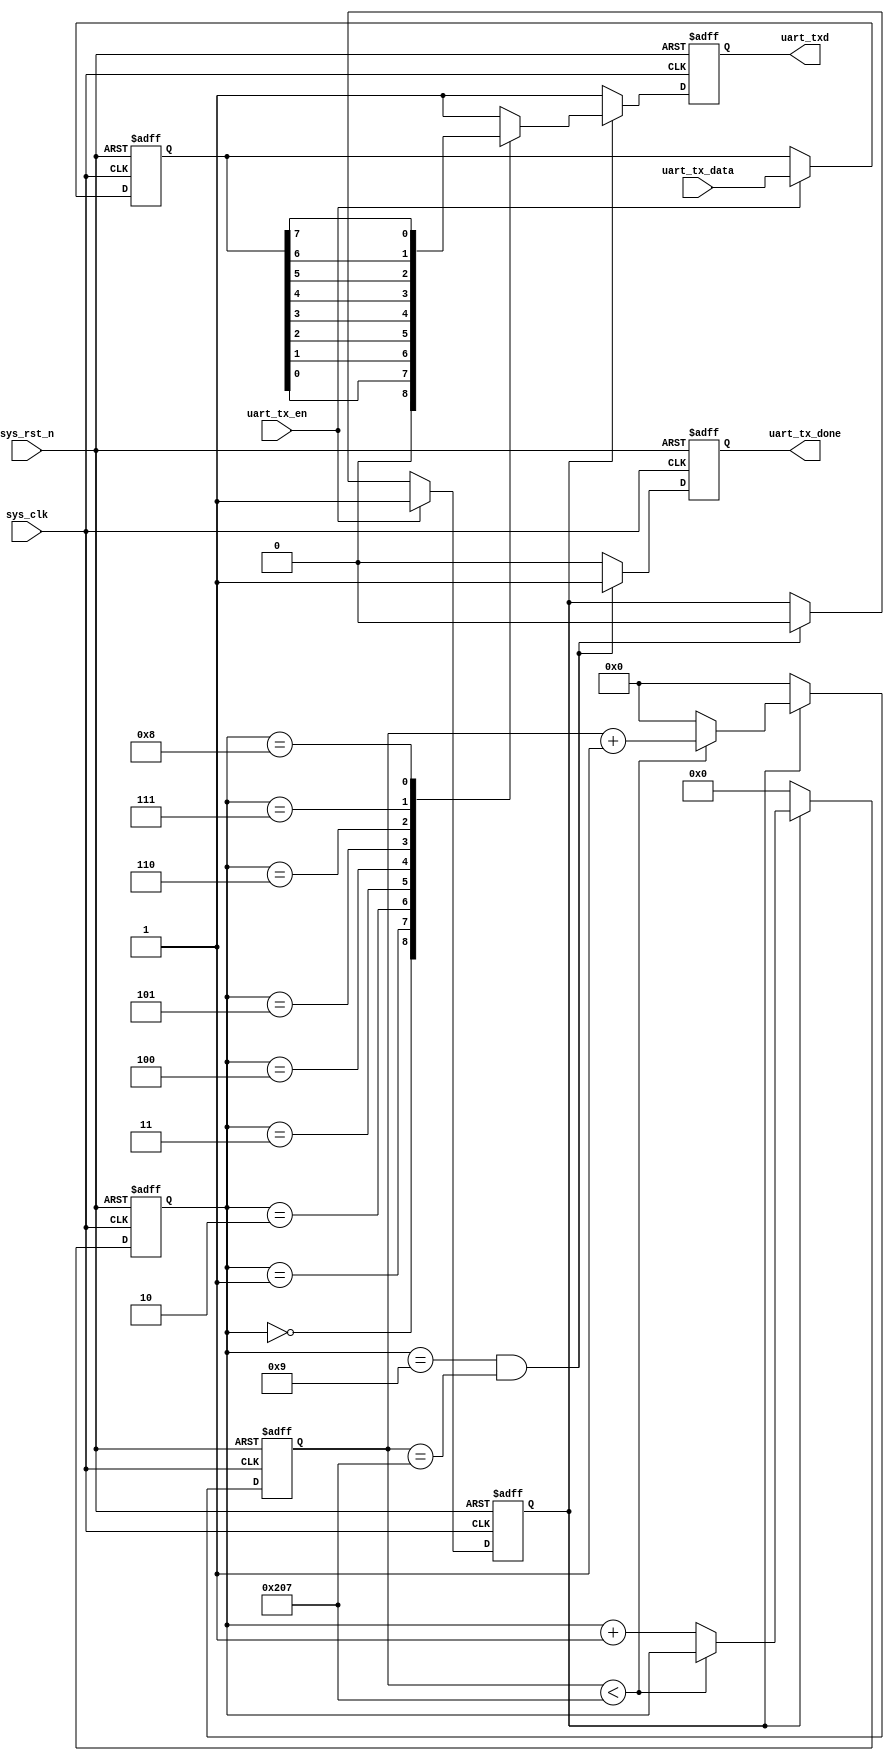
 
// *******************************************************************************************************
// ** ? ?                                                    			
// **  ? zachary_wu93@163.com
// **  ? https://blog.csdn.net/wuzhikaidetb 
// **  ? 2022/07/31	
// **  ? 1FPGA
//			  2BPSCLK_FRE?
//			  31bit8bit1bit?                                           									                                                                          			
//			  4?1uart_tx_done?                                           									                                                                          			
// *******************************************************************************************************	
 
module uart_tx
#(
	parameter	integer	BPS		= 115200	,	//
	parameter 	integer	CLK_FRE	= 60_000_000	//?
)
(
//
	input 			sys_clk			,			//
	input 			sys_rst_n		,			//
//	
	input	[7:0] 	uart_tx_data	,			//UARTuart_tx_en?
	input			uart_tx_en		,			//
//UART?	
	output	reg		uart_tx_done	,			//?1BYTE?
	output 	reg		uart_txd					//UARTtx
);
 
//param define
localparam	integer	BPS_CNT  = CLK_FRE / BPS;	//bit?
localparam	integer	BITS_NUM = 10			;	//bit10bit = 1? + 8? + 1?
 
//reg define
reg 		tx_state			;				//?
reg [7:0]  	uart_tx_data_reg	;				//
reg [31:0] 	clk_cnt				;				//bit?
reg [3:0]  	bit_cnt				;				//bitbit
 
 
//,?
always @(posedge sys_clk or negedge sys_rst_n)begin
	if(!sys_rst_n)
		uart_tx_data_reg <=8'd0;
	else if(uart_tx_en)							//
		uart_tx_data_reg <= uart_tx_data;		//			
	else 
		uart_tx_data_reg <= uart_tx_data_reg;
end		
 
//,?
always @(posedge sys_clk or negedge sys_rst_n)begin
	if(!sys_rst_n)
		tx_state <=1'b0;	
	else if(uart_tx_en)												
		tx_state <= 1'b1;						//?
	//?		
	else if((bit_cnt == BITS_NUM - 1'b1) && (clk_cnt == BPS_CNT - 1'b1))		
		tx_state <= 1'b0;                                          		
	else 
		tx_state <= tx_state;	
end
 
//?
always @(posedge sys_clk or negedge sys_rst_n)begin
	if(!sys_rst_n)
		uart_tx_done <=1'b0;
	//? 		
	else if((bit_cnt == BITS_NUM - 1'b1) && (clk_cnt == BPS_CNT - 1'b1))	                                         	
		uart_tx_done <=1'b1;										
	else 
		uart_tx_done <=1'b0;
end
 
//bit?
always @(posedge sys_clk or negedge sys_rst_n)begin
	if(!sys_rst_n)begin
		clk_cnt <= 32'd0;
		bit_cnt <= 4'd0;
	end
	else if(tx_state) begin										//?
		if(clk_cnt < BPS_CNT - 1'd1)begin						//bit
			clk_cnt <= clk_cnt + 1'b1;							//?+1
			bit_cnt <= bit_cnt;									//bit?
		end					
		else begin												//bit?	
			clk_cnt <= 32'd0;									//?
			bit_cnt <= bit_cnt+1'b1;							//bit?+1bit?
		end					
	end					
	else begin													//?
		clk_cnt <= 32'd0;                   					//
		bit_cnt <= 4'd0;                    					//
	end
end
 
//uart?
always @(posedge sys_clk or negedge sys_rst_n)begin
	if(!sys_rst_n)
		uart_txd <= 1'b1;										//?
	else if(tx_state)                                  			//?
		case(bit_cnt)											//?
			4'd0: uart_txd <= 1'b0;								//
			4'd1: uart_txd <= uart_tx_data_reg[0];     			//
			4'd2: uart_txd <= uart_tx_data_reg[1];     			//
			4'd3: uart_txd <= uart_tx_data_reg[2];     			//
			4'd4: uart_txd <= uart_tx_data_reg[3];     			//
			4'd5: uart_txd <= uart_tx_data_reg[4];     			//
			4'd6: uart_txd <= uart_tx_data_reg[5];     			//
			4'd7: uart_txd <= uart_tx_data_reg[6];     			//
			4'd8: uart_txd <= uart_tx_data_reg[7];     			//
			4'd9: uart_txd <= 1'b1;								//
			default:uart_txd <= 1'b1;			
		endcase			
	else 														//?
		uart_txd <= 1'b1;										//?
end
 
endmodule